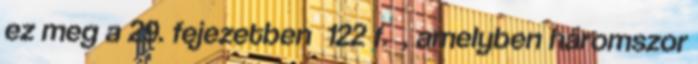
ez meg a 29. fejezetben 122 f. , amelyben háromszor